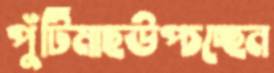
পুঁটিমাছউপ্‌চচ্ছেন